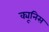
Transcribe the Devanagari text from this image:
क्यूनिस